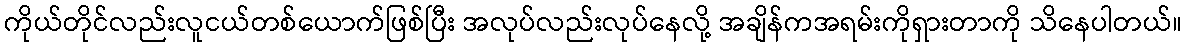
ကိုယ်တိုင်လည်းလူငယ်တစ်ယောက်ဖြစ်ပြီး အလုပ်လည်းလုပ်နေလို့ အချိန်ကအရမ်းကိုရှားတာကို သိနေပါတယ်။